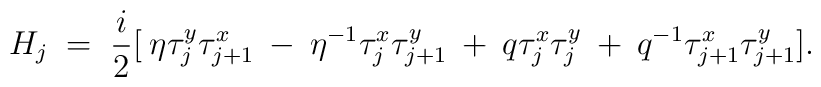
H_{j} \;=\; \frac{i}{2}[\:\eta\tau_{j}^{y}\tau_{j+1}^{x}\: -\:\eta^{-1}\tau_{j}^{x}\tau_{j+1}^{y} \: +\: q \tau_{j}^{x}\tau_{j}^{y} \: +\: q^{-1}\tau_{j+1}^{x}\tau_{j+1}^{y}].